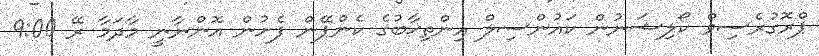
ޕްރޮގުރެސިވް ކޯލިޝަނުން ކައުންސިލް އިންތިޚާބުގެ ކެންޕޭން ފެށުން އޮންނާނީ މާދަމާ ރޭ 9:00